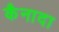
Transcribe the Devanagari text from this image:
कैनादा